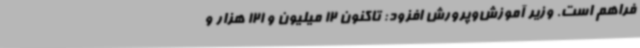
فراهم است. وزیر آموزش‌وپرورش افزود: تاکنون 12 میلیون و 121 هزار و